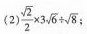
(2)$$\frac { \sqrt { 2 } } { 2 } \times 3 \sqrt { 6 } \div \sqrt { 8 }$$；